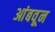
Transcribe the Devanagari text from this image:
आंबवून